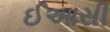
ઈઆસી